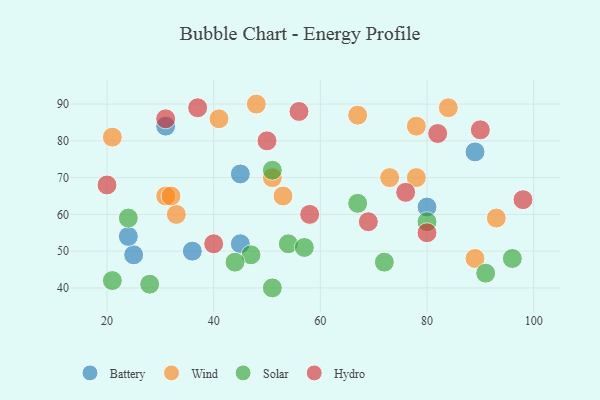
{"axis": {"x": "GDP", "y": "Life Expectancy"}, "legend": ["Battery", "Hydro", "Solar", "Wind"], "data": [{"x": "36", "y": 50, "type": "Battery"}, {"x": "80", "y": 62, "type": "Battery"}, {"x": "25", "y": 49, "type": "Battery"}, {"x": "24", "y": 54, "type": "Battery"}, {"x": "45", "y": 52, "type": "Battery"}, {"x": "45", "y": 71, "type": "Battery"}, {"x": "89", "y": 77, "type": "Battery"}, {"x": "31", "y": 84, "type": "Battery"}, {"x": "51", "y": 70, "type": "Wind"}, {"x": "33", "y": 60, "type": "Wind"}, {"x": "31", "y": 65, "type": "Wind"}, {"x": "67", "y": 87, "type": "Wind"}, {"x": "78", "y": 70, "type": "Wind"}, {"x": "53", "y": 65, "type": "Wind"}, {"x": "93", "y": 59, "type": "Wind"}, {"x": "41", "y": 86, "type": "Wind"}, {"x": "78", "y": 84, "type": "Wind"}, {"x": "21", "y": 81, "type": "Wind"}, {"x": "84", "y": 89, "type": "Wind"}, {"x": "48", "y": 90, "type": "Wind"}, {"x": "32", "y": 65, "type": "Wind"}, {"x": "73", "y": 70, "type": "Wind"}, {"x": "89", "y": 48, "type": "Wind"}, {"x": "72", "y": 47, "type": "Solar"}, {"x": "47", "y": 49, "type": "Solar"}, {"x": "51", "y": 72, "type": "Solar"}, {"x": "21", "y": 42, "type": "Solar"}, {"x": "91", "y": 44, "type": "Solar"}, {"x": "28", "y": 41, "type": "Solar"}, {"x": "44", "y": 47, "type": "Solar"}, {"x": "67", "y": 63, "type": "Solar"}, {"x": "96", "y": 48, "type": "Solar"}, {"x": "80", "y": 58, "type": "Solar"}, {"x": "51", "y": 40, "type": "Solar"}, {"x": "24", "y": 59, "type": "Solar"}, {"x": "54", "y": 52, "type": "Solar"}, {"x": "57", "y": 51, "type": "Solar"}, {"x": "56", "y": 88, "type": "Hydro"}, {"x": "76", "y": 66, "type": "Hydro"}, {"x": "58", "y": 60, "type": "Hydro"}, {"x": "90", "y": 83, "type": "Hydro"}, {"x": "98", "y": 64, "type": "Hydro"}, {"x": "50", "y": 80, "type": "Hydro"}, {"x": "37", "y": 89, "type": "Hydro"}, {"x": "69", "y": 58, "type": "Hydro"}, {"x": "31", "y": 86, "type": "Hydro"}, {"x": "20", "y": 68, "type": "Hydro"}, {"x": "82", "y": 82, "type": "Hydro"}, {"x": "80", "y": 55, "type": "Hydro"}, {"x": "40", "y": 52, "type": "Hydro"}]}